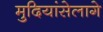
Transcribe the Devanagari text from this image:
मुदियांसेलागे